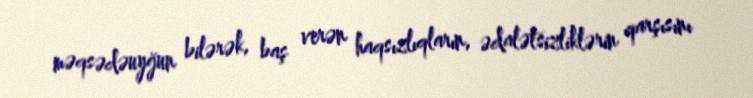
məqsədəuyğun bilərək, baş verən haqsızlıqların, ədalətsizliklərin qarşısını